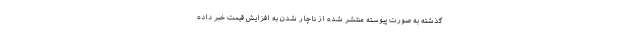
گذشته به صورت پیوسته منتشر شده از ناچار شدن به افزایش قیمت خبر داده